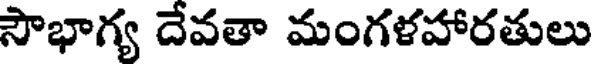
సౌభాగ్య దేవతా మంగళహారతులు